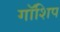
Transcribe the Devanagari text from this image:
गॉशिप